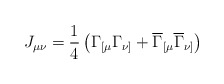
\begin{align*}J_{\mu \nu }=\frac 14\left( \Gamma _{[\mu} \Gamma _{\nu ]}+\overline{\Gamma }_{[\mu} \overline{\Gamma }_{\nu ]}\right)\end{align*}